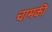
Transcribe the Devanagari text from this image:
चामकी